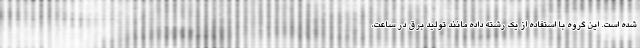
شده است. این گروه با استفاده از یک رشته داده مانند تولید برق در ساعت،